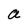
Character: a